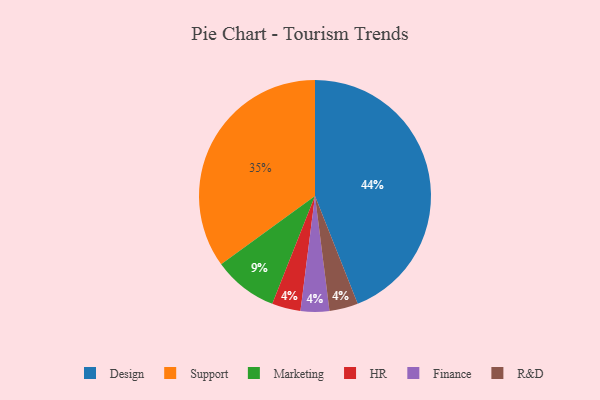
{"axis": {"x": "Category", "y": "Percentage"}, "legend": ["Design", "Finance", "HR", "Marketing", "R&D", "Support"], "data": [{"x": "Marketing", "y": 9, "type": "Marketing"}, {"x": "HR", "y": 4, "type": "HR"}, {"x": "Finance", "y": 4, "type": "Finance"}, {"x": "Support", "y": 35, "type": "Support"}, {"x": "Design", "y": 44, "type": "Design"}, {"x": "R&D", "y": 4, "type": "R&D"}]}